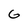
Character: G